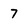
Character: 7